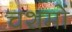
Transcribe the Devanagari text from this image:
चशमों